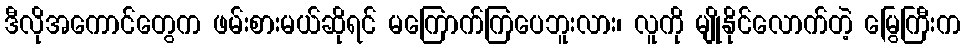
ဒီလိုအကောင်တွေက ဖမ်းစားမယ်ဆိုရင် မကြောက်ကြပေဘူးလား၊ လူကို မျိုနိုင်လောက်တဲ့ မြွေကြီးက